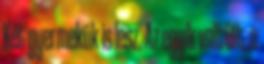
Két gyermekük is lesz. Az egyik volt Olt, a